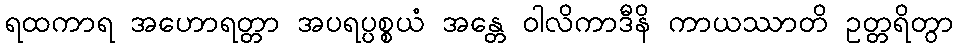
ရထကာရ အဟောရတ္တာ အပရပ္ပစ္စယံ အန္တေ ဝါလိကာဒီနိ ကာယဿာတိ ဥတ္တရိတွာ